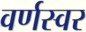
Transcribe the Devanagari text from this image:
वर्णस्वर